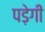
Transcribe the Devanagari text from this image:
पड़ेगीं